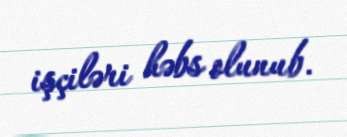
işçiləri həbs olunub.